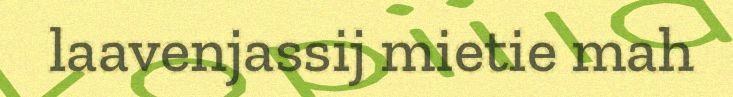
laavenjassij mietie mah